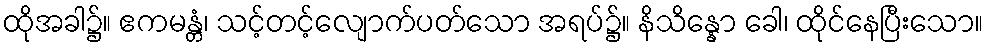
ထိုအခါ၌။ ဧကမန္တံ၊ သင့်တင့်လျောက်ပတ်သော အရပ်၌။ နိသိန္နော ခေါ၊ ထိုင်နေပြီးသော။